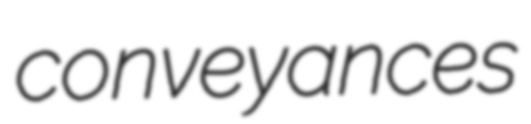
conveyances